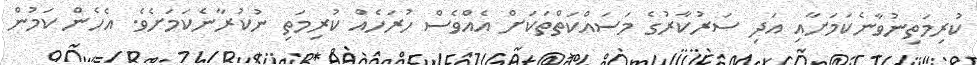
ކުރިމަތިނުވާނެކަމަށާއި އަދި ސަރުކާރުގެ މަސައްކަތްތަކަށް އެއްވެސް ހުރަހެއް ކުރިމަތި ނުކުރާނެކަމަށެވެ. އެހެން ކަމުން